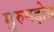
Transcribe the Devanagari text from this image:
मुरुगड़ोस